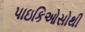
પાઇકિઓસોથી